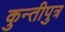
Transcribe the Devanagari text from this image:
कुन्तीपुत्र